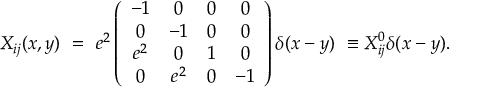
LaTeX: X _ { i j } ( x , y ) ~ = ~ e ^ { 2 } \left( \begin{array} { c c c c } { { - 1 } } & { { 0 } } & { { 0 } } & { { 0 } } \\ { { 0 } } & { { - 1 } } & { { 0 } } & { { 0 } } \\ { { e ^ { 2 } } } & { { 0 } } & { { 1 } } & { { 0 } } \\ { { 0 } } & { { e ^ { 2 } } } & { { 0 } } & { { - 1 } } \end{array} \right) \delta ( x - y ) ~ \equiv X _ { i j } ^ { 0 } \delta ( x - y ) .